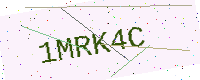
Text: 1MRK4C